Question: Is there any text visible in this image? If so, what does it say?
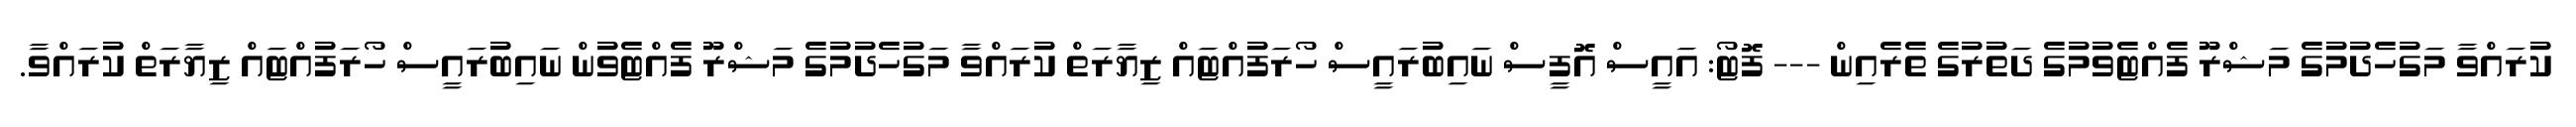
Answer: ކުރައްވާ މަގުހެދުމުގެ މަޝްރޫ ފެއްޓެވުމުގެ ދަތުރުގެ ތެރެއިން --- ފޮޓޯ: އައީސް އޮފީސް ނައިބުރައީސް ހޯރަފުއްޓައް ޒިޔާރަތް ކުރައްވާ މަގުހެދުމުގެ މަޝްރޫ ފެއްޓެވުން ނައިބުރައީސް ހޯރަފުއްޓައް ޒިޔާރަތް ކުރައްވާ.